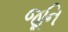
જૂનિ